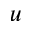
u